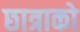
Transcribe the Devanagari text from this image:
छात्राको